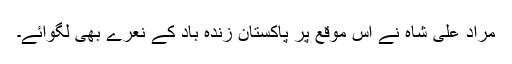
مراد علی شاہ نے اس موقع پر پاکستان زندہ باد کے نعرے بھی لگوائے۔